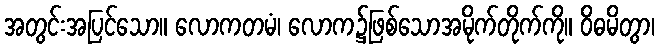
အတွင်းအပြင်သော။ လောကတမံ၊ လောက၌ဖြစ်သောအမိုက်တိုက်ကို။ ဝိဓမိတွာ၊